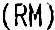
(RM)